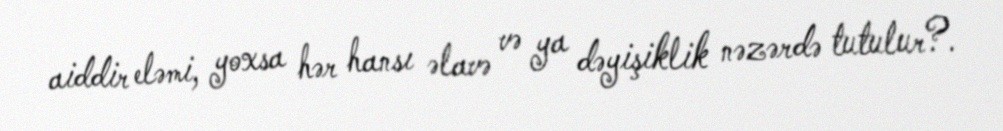
aiddir eləmi, yoxsa hər hansı əlavə və ya dəyişiklik nəzərdə tutulur?.